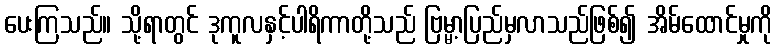
ပေးကြသည်။ သို့ရာတွင် ဒုကူလနှင့်ပါရိကာတို့သည် ဗြမ္မာ့ပြည်မှလာသည်ဖြစ်၍ အိမ်ထောင်မှုကို